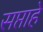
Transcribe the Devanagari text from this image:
सप्ताहे